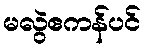
မလွဲဧကန်ပင်